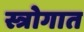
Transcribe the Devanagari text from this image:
स्त्रोगात